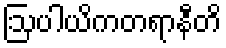
ဩပါယိကတရာနီတိ